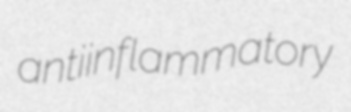
antiinflammatory